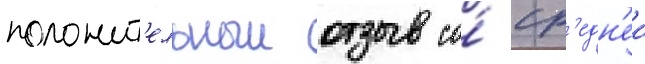
положит'ельныи отзыв со́ ср'едн'еи